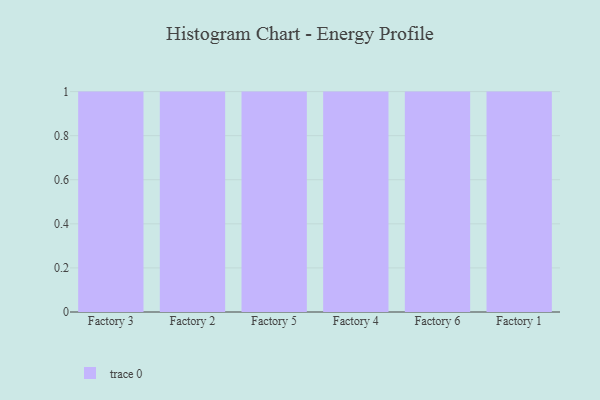
{"axis": {"x": "Factory", "y": "Demand Index"}, "legend": [""], "data": [{"x": "Factory 3", "y": 85, "type": ""}, {"x": "Factory 2", "y": 71, "type": ""}, {"x": "Factory 5", "y": 58, "type": ""}, {"x": "Factory 4", "y": 100, "type": ""}, {"x": "Factory 6", "y": 51, "type": ""}, {"x": "Factory 1", "y": 78, "type": ""}]}